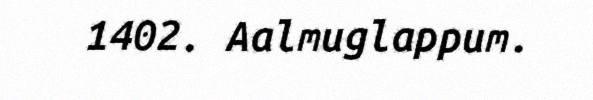
1402. Aalmuglappum.